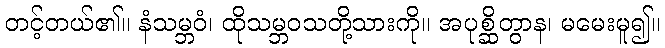
တင့်တယ်၏။ နံသမ္ဘဝံ၊ ထိုသမ္ဘဝသတို့သားကို။ အပုစ္ဆိတွာန၊ မမေးမူ၍။